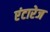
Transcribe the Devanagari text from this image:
एंटारेज